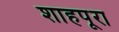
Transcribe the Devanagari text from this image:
शाहपूरा